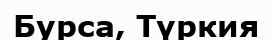
Бурса, Түркия